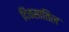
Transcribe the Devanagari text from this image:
दिवसातिल